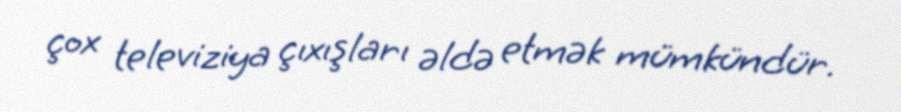
çox televiziya çıxışları əldə etmək mümkündür.